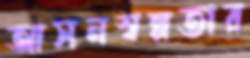
আসনস্বল্পতার